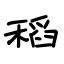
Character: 稻